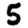
Digit: 5